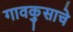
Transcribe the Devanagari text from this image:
गावकुसाचे